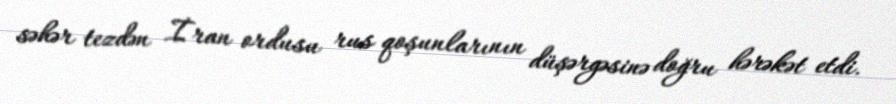
səhər tezdən İran ordusu rus qoşunlarının düşərgəsinə doğru hərəkət etdi.